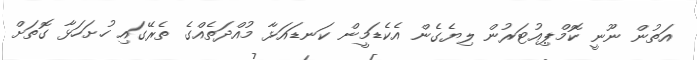
އަތުން ނޫނީ ކޮމްޕިއުޓަރުން ލިޔެގެން އެކެޑަމީން ކަނޑައަޅާ މުއްދަތެއްގެ ތެރޭގައި ހުށަހަޅާ ގޮތަށް